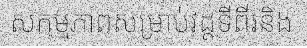
សកម្មភាពសម្រាប់វដ្តទីពីរនិង